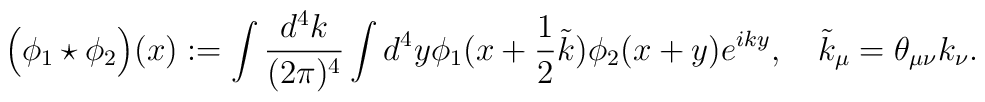
\Big(\phi_1\star\phi_2\Big)(x) := \int \frac{d^4 k}{(2\pi)^4}\int d^4y \phi_1(x+\frac12\tilde k)\phi_2(x+y)e^{iky},\quad  \tilde k_\mu = \theta_{\mu\nu}k_\nu.